Report on vaccination North-West Frontier Province 1904-1922 - 1904-1922
Year: 1904
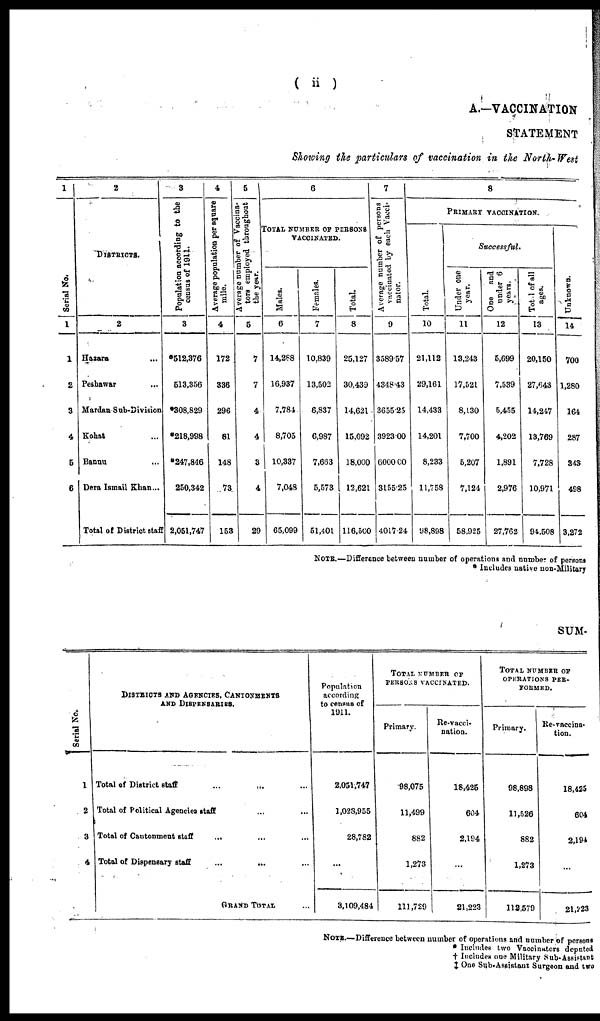
( ii )
A.—VACCINATION
STATEMENT
Showing the particulars of vaccination in the North-West
1
Serial No.
1
1
2
3
4
5
6
2
DISTRICTS.
2
Hazara ...
Peshawar ...
Mardan Sub-Division ...
Kohat ...
Bannu ...
Dera Ismail Khan ...
Total of District staff
3
Population according to the
census of 1911.
3
*512,376
513,356
*308,829
*218,998
*247,846
250,342
2,051,747
4
Average population per square
mile.
4
172
336
296
81
148
73
153
5
Average number of Vaccina¬
tors employed throughout
the year.
5
7
7
4
4
3
4
29
6
TOTAL NUMBER OF PERSONS
VACCINATED.
Males.
6
14,288
16,937
7,784
8,705
10,337
7,048
65,099
Females.
7
10,839
13,502
6,837
6,987
7,663
5,573
51,401
Total.
8
25,127
30,439
14,621
15,692
18,000
12,621
116,500
7
Average number of persons
vaccinated by each Vacci¬
nator.
9
3589.57
4348.43
3655.25
3923.00
6000.00
3155.25
4017.24
8
PRIMARY VACCINATION.
Total.
10
21,112
29,161
14,433
14,201
8,233
11,758
98,898
Successful.
Under one
year.
11
13,243
17,521
8,130
7,700
5,207
7,124
58,925
One and
under 6
years
12
5,699
7,539
5,455
4,202
1,891
2,976
27,762
Total of all
ages.
13
20,150
27,643
14,247
13,769
7,728
10,971
94,508
Unknown.
14
700
1,280
164
287
343
498
3,272
NOTE.—Difference between number of operations and number of persons
* Includes native non-Military
SUM
Serial No.
1
2
3
4
DISTRICTS AND AGENCIES, CANTONMENTS
AND DISPENSARIES.
Total of District staff ... ... ...
Total of Political Agencies staff ... ... ...
Total of Cantonment staff ... ... ...
Total of Dispensary staff ... ... ...
GRAND TOTAL ...
Population
according
to census of
1911.
2,051,747
1,023,955
28,782
...
3,109,484
TOTAL NUMBER OF
PERSONS VACCINATED.
Primary.
98,075
11,499
882
1,273
111,729
Re-vacci¬
nation.
18,425
604
2,194
...
21,223
TOTAL NUMBER OF
OPERATIONS PER¬
FORMED.
Primary.
98,898
11,526
882
1,273
112,579
Re-vaccina¬
tion.
18,425
604
2,194
...
21,223
NOTE.—Difference between number of operations and number of persons
* Includes two Vaccinators deputed
† Includes one Military Sub-Assistant
‡ One Sub-Assistant Surgeon and two